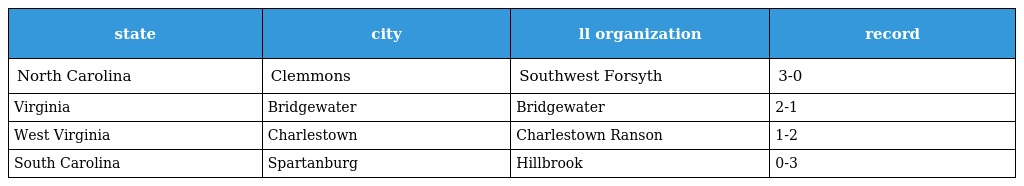
| state | city | ll organization | record |
 | --- | --- | --- | --- |
 | North Carolina | Clemmons | Southwest Forsyth | 3-0 |
 | Virginia | Bridgewater | Bridgewater | 2-1 |
 | West Virginia | Charlestown | Charlestown Ranson | 1-2 |
 | South Carolina | Spartanburg | Hillbrook | 0-3 |